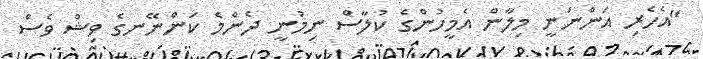
"އެހެރި އަންނަނީ މިލާން އެމީހުންގެ ކުލާސް ނިމުނީ ދެންމެ ކަންނޭނގެ ވިޝް ވެސް